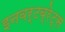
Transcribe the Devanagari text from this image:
इनवर्टब्रेट्स